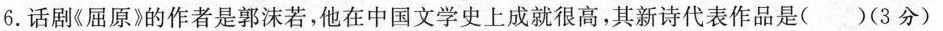
6. 话剧《屈原》的作者是郭沫若，他在中国文学史上成就很高，其新诗代表作品是( )(3分)